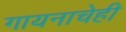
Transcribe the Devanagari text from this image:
गायनाचेही